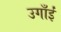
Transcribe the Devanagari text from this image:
उगाँईं